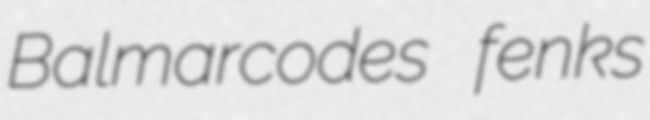
Balmarcodes fenks